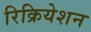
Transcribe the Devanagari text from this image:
रिक्रियेशन